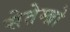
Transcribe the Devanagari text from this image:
सेतेम्ब्रो